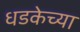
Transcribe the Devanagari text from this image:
धडकेच्या